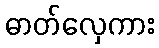
ဓာတ်လှေကား